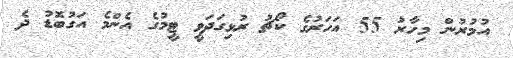
އުމުރުން މިހާރު 55 އަހަރުގެ ކޯޗު ރުޅިގަދަވީ ޓީމުގެ އެންމެ އަގުބޮޑު ދެ